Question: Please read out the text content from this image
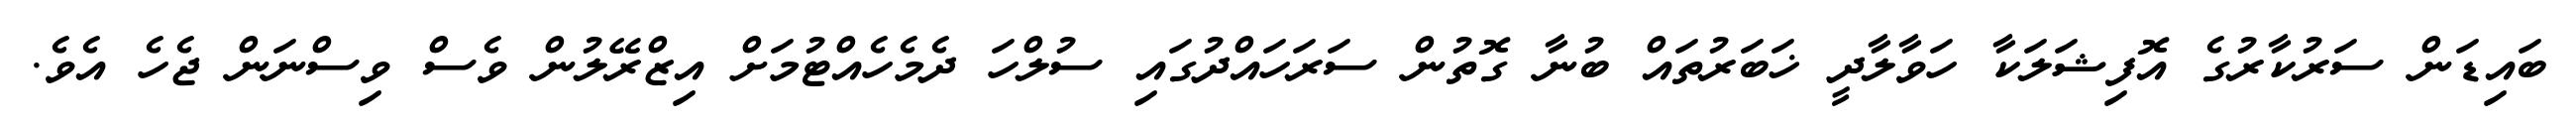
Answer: ބައިޑަން ސަރުކާރުގެ އޮފިޝަލަކާ ހަވާލާދީ ޚަބަރުތައް ބުނާ ގޮތުން ސަރަހައްދުގައި ސުލްހަ ދެމެހެއްޓުމަށް އިޒްރޭލުން ވެސް ވިސްނަން ޖެހެ އެވެ.